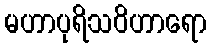
မဟာပုရိသဝိဟာရော